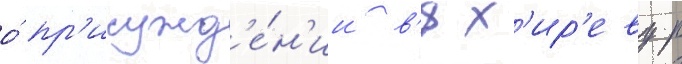
о́ пр'исужд'е́н'ии в'ях'ир'еву р